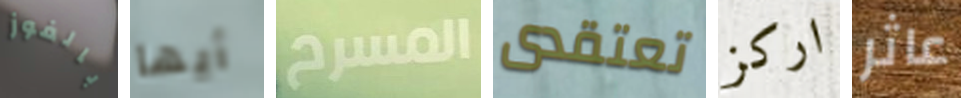
بالفوز أيها المسرح تعتقدى اركز عاثر